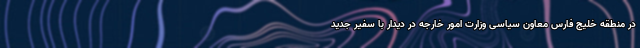
در منطقه خلیج فارس معاون سیاسی وزارت امور خارجه در دیدار با سفیر جدید